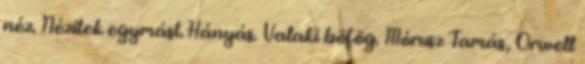
néz. Nézitek egymást. Hányás. Valaki böfög. Mórusz Tamás, Orwell